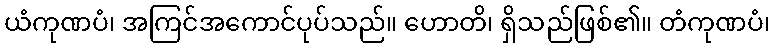
ယံကုဏပံ၊ အကြင်အကောင်ပုပ်သည်။ ဟောတိ၊ ရှိသည်ဖြစ်၏။ တံကုဏပံ၊